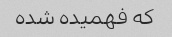
که فهمیده شده